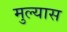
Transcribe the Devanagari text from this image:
मुल्यास